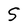
Character: S